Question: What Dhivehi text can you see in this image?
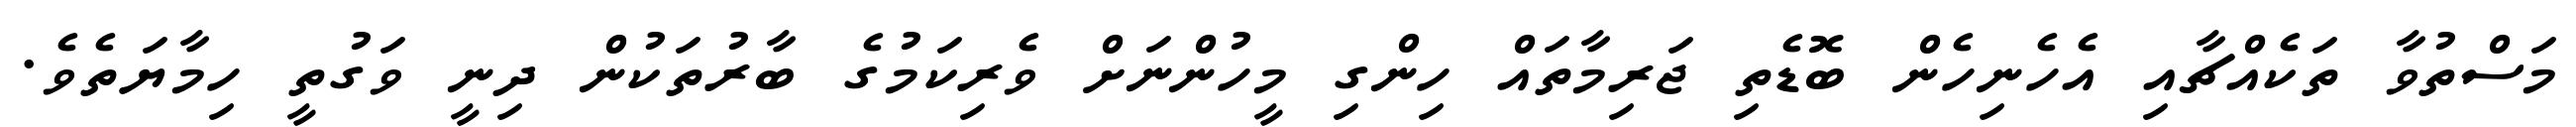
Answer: މަސްތުވާ ތަކެއްޗާއި އެހެނިހެން ބޮޑެތި ޖަރިމާތައް ހިންގި މީހުންނަށް ވެރިކަމުގެ ބާރުތަކުން ދިނީ ވަގުތީ ހިމާޔަތެވެ.